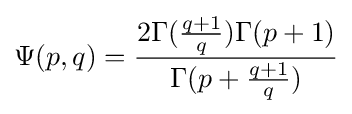
\Psi (p,q)={\frac {2\Gamma ({\frac {q+1}{q}})\Gamma (p+1)}{\Gamma (p+{\frac {q+1}{q}})}}